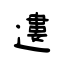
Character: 遱